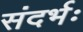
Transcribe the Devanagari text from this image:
संदर्भः